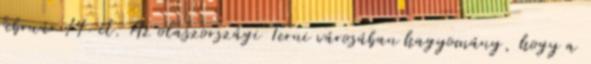
február 14-ét. Az olaszországi Terni városában hagyomány, hogy a